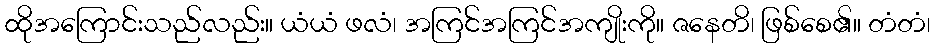
ထိုအကြောင်းသည်လည်း။ ယံယံ ဖလံ၊ အကြင်အကြင်အကျိုးကို။ ဇနေတိ၊ ဖြစ်စေ၏။ တံတံ၊